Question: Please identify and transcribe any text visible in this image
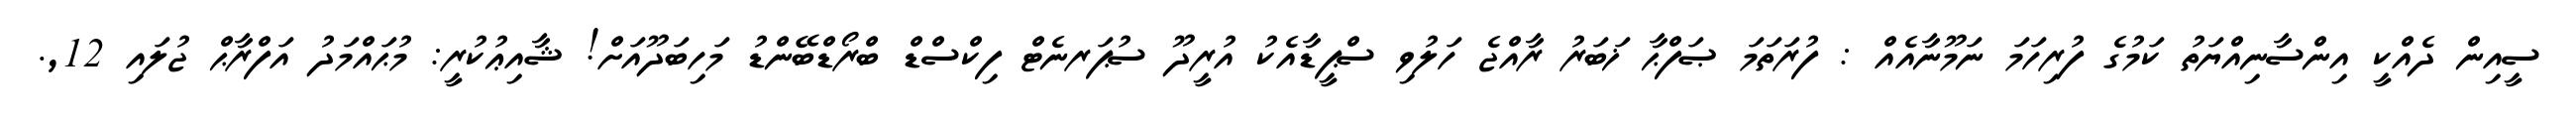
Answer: ސީއިން ދެއްކީ އިންސާނިއްޔަތު ކަމުގެ ފުރިހަމަ ނަމޫނާއެއް : ފުރަތަމަ ޞަފްޙާ ޚަބަރު ރާއްޖެ ހަލުވި ސްޕީޑާއެކު އުރީދޫ ސުޕަރނެޓް ފިކްސްޑް ބްރޯޑްބޭންޑު މަހިބަދޫއަށް! ޝާއިޢުކުރީ: މުޙައްމަދު އަފްރާޙް ޖުލައި 12,.